Plague in India, 1896, 1897 - Volume 1
Year: 1896
Disease focus: Plague
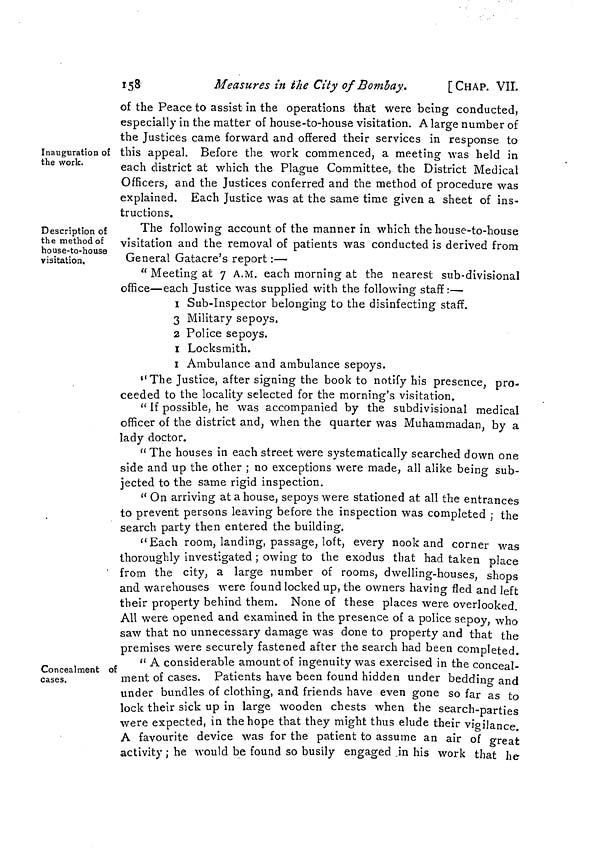
158
Measures in the City of Bombay.
[CHAP. VII.
Inauguration of
the work.
of the Peace to assist in the operations that were being conducted,
especially in the matter of house-to-house visitation. A large number of
the Justices came forward and offered their services in response to
this appeal. Before the work commenced, a meeting was held in
each district at which the Plague Committee, the District Medical
Officers, and the Justices conferred and the method of procedure was
explained. Each Justice was at the same time given a sheet of ins-
tructions.
Description of
the method of
house-to-house
visitation.
The following account of the manner in which the house-to-house
visitation and the removal of patients was conducted is derived from
General Gatacre's report :—
" Meeting at 7 A.M. each morning at the nearest sub-divisional
office—each Justice was supplied with the following staff :—
1 Sub-Inspector belonging to the disinfecting staff.
3 Military sepoys,
2 Police sepoys.
1 Locksmith.
1 Ambulance and ambulance sepoys.
"The Justice, after signing the book to notify his presence, pro-
ceeded to the locality selected for the morning's visitation.
" If possible, he was accompanied by the subdivisional medical
officer of the district and, when the quarter was Muhammadan, by a
lady doctor.
"The houses in each street were systematically searched down one
side and up the other ; no exceptions were made, all alike being sub-
jected to the same rigid inspection.
" On arriving at a house, sepoys were stationed at all the entrances
to prevent persons leaving before the inspection was completed ; the
search party then entered the building.
"Each room, landing, passage, loft, every nook and corner was
thoroughly investigated ; owing to the exodus that had taken place
from the city, a large number of rooms, dwelling-houses, shops
and warehouses were found locked up, the owners having fled and left
their property behind them. None of these places were overlooked.
All were opened and examined in the presence of a police sepoy, who
saw that no unnecessary damage was done to property and that the
premises were securely fastened after the search had been completed.
Concealment of
cases.
" A considerable amount of ingenuity was exercised in the conceal-
ment of cases. Patients have been found hidden under bedding and
under bundles of clothing, and friends have even gone so far as to
lock their sick up in large wooden chests when the search-parties
were expected, in the hope that they might thus elude their vigilance.
A favourite device was for the patient to assume an air of great
activity ; he would be found so busily engaged in his work that he